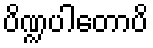
ပိဏ္ဍပါတောပိ